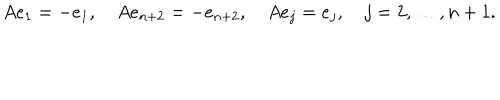
A e _ { 1 } = - e _ { 1 } , \quad A e _ { n + 2 } = - e _ { n + 2 } , \quad A e _ { j } = e _ { j } , \quad j = 2 , \ldots , n + 1 .